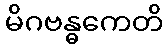
မိဂဗန္ဓကေတိ